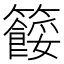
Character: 𥷓